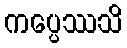
ကပ္ပေဿသိ